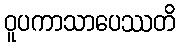
ဝူပကာသာပေဿတိ